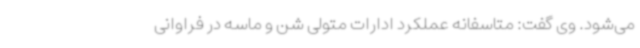
می‌شود. وی گفت: متاسفانه عملکرد ادارات متولی شن و ماسه در فراوانی